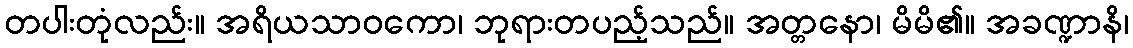
တပါးတုံလည်း။ အရိယသာဝကော၊ ဘုရားတပည့်သည်။ အတ္တနော၊ မိမိ၏။ အခဏ္ဍာနိ၊